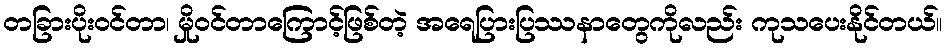
တခြားပိုးဝင်တာ၊ မှိုဝင်တာကြောင့်ဖြစ်တဲ့ အရေပြားပြဿနာတွေကိုလည်း ကုသပေးနိုင်တယ်။